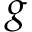
g